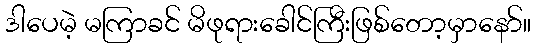
ဒါပေမဲ့ မကြာခင် မိဖုရားခေါင်ကြီးဖြစ်တော့မှာနော်။